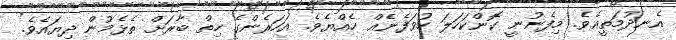
އެނދުމަތީއެވެ. މިފެނުނީ ކޮންކަހަލަ ހުވަފެނެއް ހެއްޔެވެ. އަހަރެންގެ ހިތް ބާރަށް ތެޅެމުން ދިޔައެވެ.